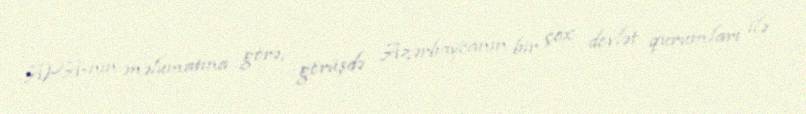
APA-nın məlumatına görə, görüşdə Azərbaycanın bir çox dövlət qurumları ilə